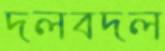
দলবদল